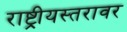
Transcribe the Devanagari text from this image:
राष्ट्रीयस्तरावर